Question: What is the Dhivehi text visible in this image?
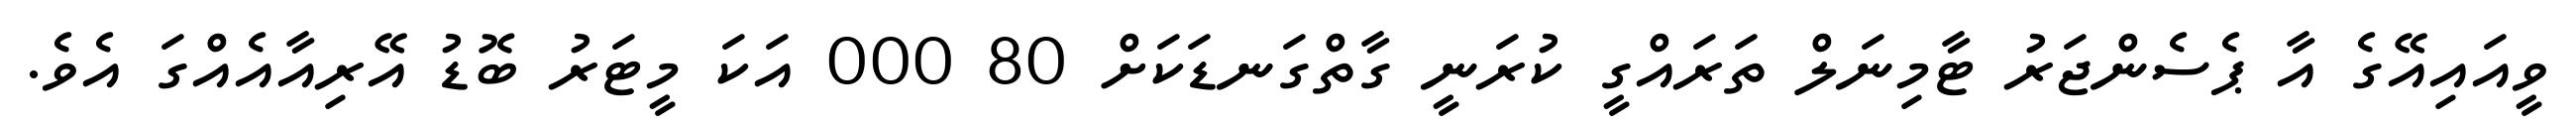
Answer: ވީއައިއޭގެ އާ ޕެސެންޖަރު ޓާމިނަލް ތަރައްގީ ކުރަނީ ގާތްގަނޑަކަށް 80 000 އަކަ މީޓަރު ބޮޑު އޭރިއާއެއްގަ އެވެ.